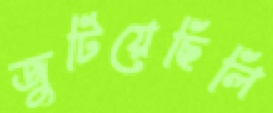
জুটিয়েছিলি